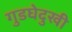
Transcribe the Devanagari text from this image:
गुडघेदुखी